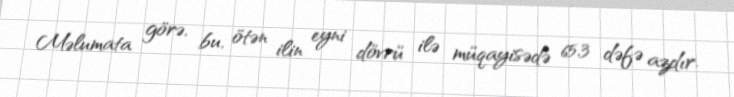
Məlumata görə, bu, ötən ilin eyni dövrü ilə müqayisədə 65,3 dəfə azdır.